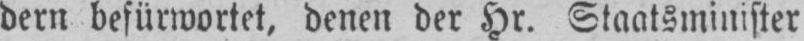
dern befürwortet, denen der Hr. Staatsminister